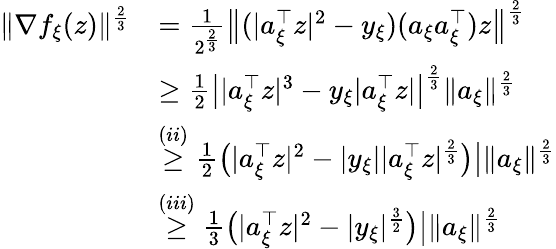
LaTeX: \begin{array}{rl}{\| \nabla f_{\xi}(z)\| ^{\frac{2}{3}}}&{=\frac{1}{2^{\frac{2}{3}}}\big\| (|a_{\xi}^{\top}z|^{2}-y_{\xi})(a_{\xi}a_{\xi}^{\top})z\big\| ^{\frac{2}{3}}}\\ &{\ge\frac{1}{2}\big||a_{\xi}^{\top}z|^{3}-y_{\xi}|a_{\xi}^{\top}z|\big|^{\frac{2}{3}}\| a_{\xi}\| ^{\frac{2}{3}}}\\ &{\overset{(ii)}{\ge}\frac{1}{2}\big(|a_{\xi}^{\top}z|^{2}-|y_{\xi}||a_{\xi}^{\top}z|^{\frac{2}{3}}\big)\big|\| a_{\xi}\| ^{\frac{2}{3}}}\\ &{\overset{(iii)}{\ge}\frac{1}{3}\big(|a_{\xi}^{\top}z|^{2}-|y_{\xi}|^{\frac{3}{2}}\big)\big|\| a_{\xi}\| ^{\frac{2}{3}}}\end{array}